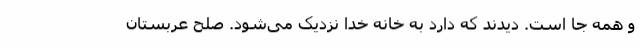
و همه جا است. دیدند که دارد به خانه خدا نزدیک می‌شود. صلح عربستان